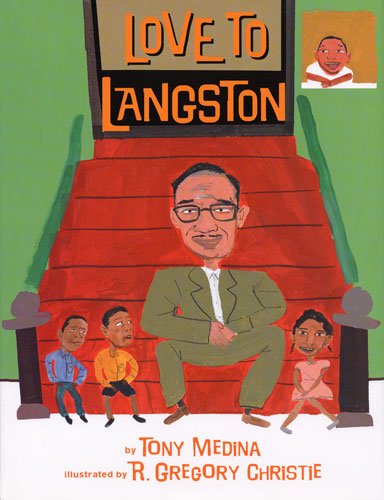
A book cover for Love to Langston; Tony Medina; Children's Books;